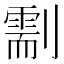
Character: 𠟺